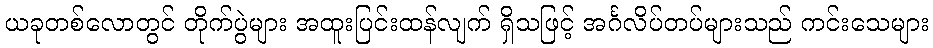
ယခုတစ်လောတွင် တိုက်ပွဲများ အထူးပြင်းထန်လျက် ရှိသဖြင့် အင်္ဂလိပ်တပ်များသည် ကင်းသေများ